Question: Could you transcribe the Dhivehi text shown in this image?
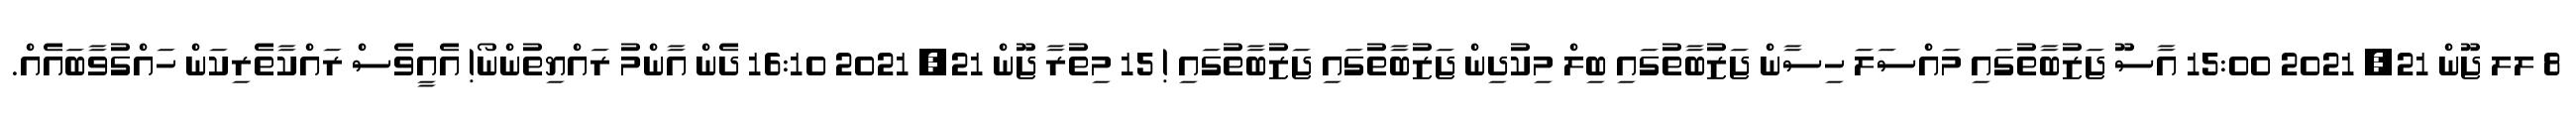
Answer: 8 ލލ ޖޫން 21, 2021 15:00 އާސޫ ޖަޒުބާތުގައި މައްސަލަ ހިސާން ޖަޒުބާތުގައި ބިލް މިކުދިން ޖަޒުބާތުގައި ޖަޒުބާތުގައި ! 15 މިތުރާ ޖޫން 21, 2021 16:10 ދެން އާންމު ރައްޔިތުންނޯ! އެއީވެސް ރައްކާތެރިކަން ހައްގުވާބައެއް.